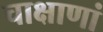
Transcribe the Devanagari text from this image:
चाक्षाणां